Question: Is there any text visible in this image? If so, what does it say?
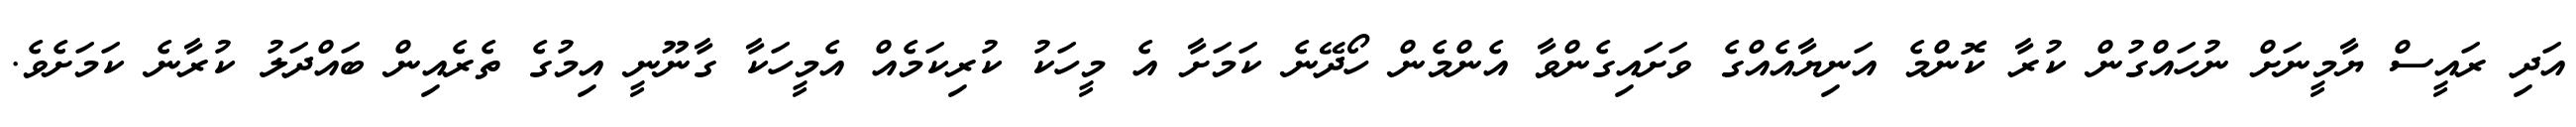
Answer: އަދި ރައީސް ޔާމީނަށް ނުހައްގުން ކުރާ ކޮންމެ އަނިޔާއެއްގެ ވަށައިގެންވާ އެންމެން ހޯދޭނެ ކަމަށާ އެ މީހަކު ކުރިކަމެއް އެމީހަކާ ގާނޫނީ އިމުގެ ތެރެއިން ބައްދަލު ކުރާނެ ކަމަށެވެ.